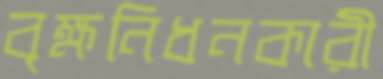
বৃক্ষনিধনকারী